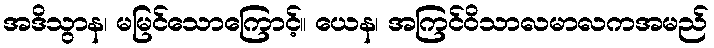
အဒိသွာန၊ မမြင်သောကြောင့်။ ယေန၊ အကြင်ဝိသာလမာလကအမည်